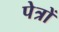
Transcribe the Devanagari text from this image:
पेत्रों